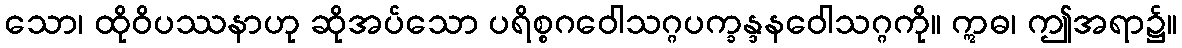
သော၊ ထိုဝိပဿနာဟု ဆိုအပ်သော ပရိစ္စဂဝေါသဂ္ဂပက္ခန္ဒနဝေါသဂ္ဂကို။ ဣဓ၊ ဤအရာ၌။